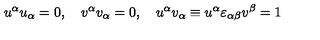
u ^ { \alpha } u _ { \alpha } = 0 , \quad v ^ { \alpha } v _ { \alpha } = 0 , \quad u ^ { \alpha } v _ { \alpha } \equiv u ^ { \alpha } \varepsilon _ { \alpha \beta } v ^ { \beta } = 1